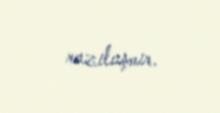
razılaşmır.